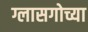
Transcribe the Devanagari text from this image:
ग्लासगोच्या